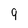
Character: 9